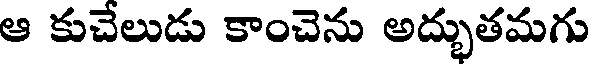
ఆ కుచేలుడు కాంచెను అద్భుతమగు